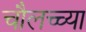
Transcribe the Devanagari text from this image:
चौलच्च्या